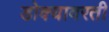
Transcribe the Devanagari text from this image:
डोक्यावरती